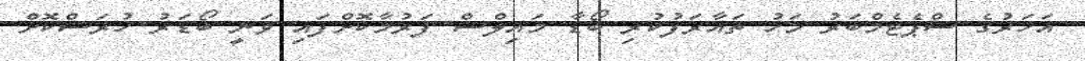
އަހަރުގެ ސްޕެޓެމްބަރު މަހު ތައާރަފުކުރި ބޯޑާ މައިލްސް ފަރުމާކޮށްފައި ވަނީ ބޯޑަރު ހުރަސްކޮށް